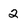
Character: 2